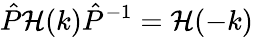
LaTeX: \hat{P}\mathcal{H}(k)\hat{P}^{-1}=\mathcal{H}(-k)